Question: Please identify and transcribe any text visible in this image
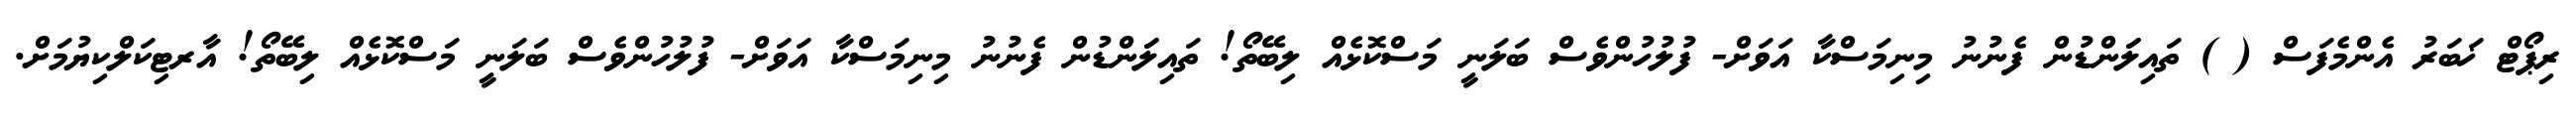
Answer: ރިޕޯޓް ޚަބަރު އެންމެފަސް ( ) ތައިލަަންޑުން ފެނުނު މިނިމަސްކާ އަވަށް- ފުލުހުންވެސް ބަލަނީ މަސްކޮޅެއް ލިބޭތޯ! ތައިލަަންޑުން ފެނުނު މިނިމަސްކާ އަވަށް- ފުލުހުންވެސް ބަލަނީ މަސްކޮޅެއް ލިބޭތޯ! އާރޓިކަލްކިޔުމަށް.